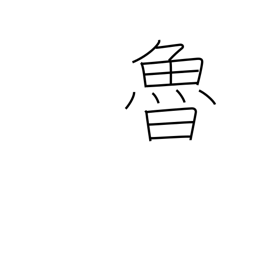
Meaning: Russia